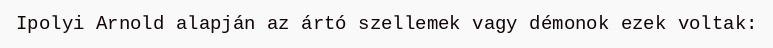
Ipolyi Arnold alapján az ártó szellemek vagy démonok ezek voltak: